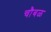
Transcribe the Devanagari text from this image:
चौबळ